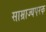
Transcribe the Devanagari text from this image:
साम्राज्यपरक